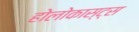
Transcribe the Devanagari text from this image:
होलोकास्ट्स